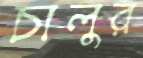
চালুর